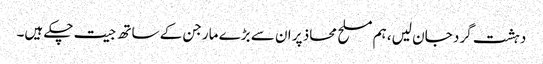
دہشت گرد جان لیں، ہم مسلح محاذ پر ان سے بڑے مارجن کے ساتھ جیت چکے ہیں۔